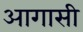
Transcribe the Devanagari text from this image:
आगासी